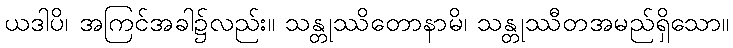
ယဒါပိ၊ အကြင်အခါ၌လည်း။ သန္တုဿိတောနာမိ၊ သန္တုဿီတအမည်ရှိသော။